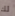
لك